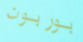
بوربون